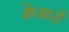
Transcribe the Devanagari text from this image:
क्वेज़ारों